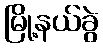
မြို့နယ်ခွဲ